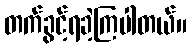
တက်ခွင့်ရခဲ့ကြပါတယ်။